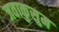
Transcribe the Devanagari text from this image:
जवाकुसुम